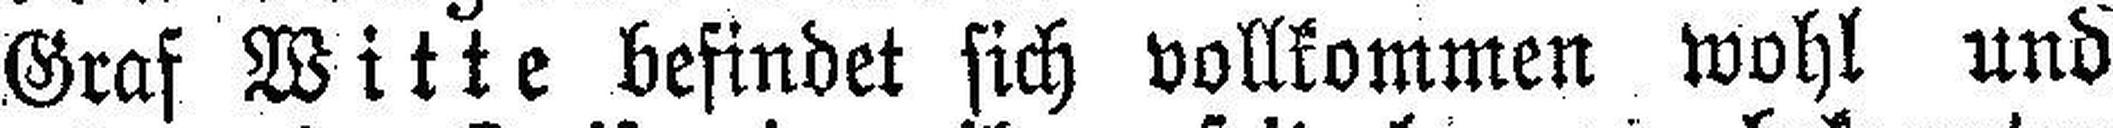
Graf Witte befindet sich vollkommen wohl und